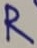
Text: R